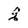
Character: q